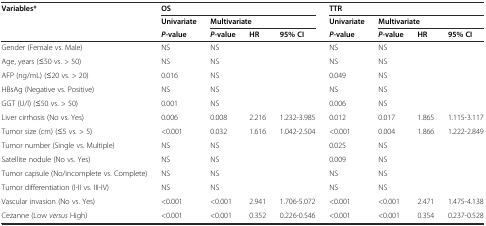
<table><thead><tr><td rowspan="3"><b>Variables*</b></td><td colspan="4"><b>OS</b></td><td colspan="4"><b>TTR</b></td></tr><tr><td><b>Univariate</b></td><td colspan="3"><b>Multivariate</b></td><td><b>Univariate</b></td><td colspan="3"><b>Multivariate</b></td></tr><tr><td><b><i>P</i>-value</b></td><td><b><i>P</i>-value</b></td><td><b>HR</b></td><td><b>95% CI</b></td><td><b><i>P</i>-value</b></td><td><b><i>P</i>-value</b></td><td><b>HR</b></td><td><b>95% CI</b></td></tr></thead><tbody><tr><td>Gender (Female vs. Male)</td><td>NS</td><td>NS</td><td></td><td></td><td>NS</td><td>NS</td><td></td><td></td></tr><tr><td>Age, years (≤50 vs. &gt; 50)</td><td>NS</td><td>NS</td><td></td><td></td><td>NS</td><td>NS</td><td></td><td></td></tr><tr><td>AFP (ng/mL) (≤20 vs. &gt; 20)</td><td>0.016</td><td>NS</td><td></td><td></td><td>0.049</td><td>NS</td><td></td><td></td></tr><tr><td>HBsAg (Negative vs. Positive)</td><td>NS</td><td>NS</td><td></td><td></td><td>NS</td><td>NS</td><td></td><td></td></tr><tr><td>GGT (U/l) (≤50 vs. &gt; 50)</td><td>0.001</td><td>NS</td><td></td><td></td><td>0.006</td><td>NS</td><td></td><td></td></tr><tr><td>Liver cirrhosis (No vs. Yes)</td><td>0.006</td><td>0.008</td><td>2.216</td><td>1.232-3.985</td><td>0.012</td><td>0.017</td><td>1.865</td><td>1.115-3.117</td></tr><tr><td>Tumor size (cm) (≤5 vs. &gt; 5)</td><td>&lt;0.001</td><td>0.032</td><td>1.616</td><td>1.042-2.504</td><td>&lt;0.001</td><td>0.004</td><td>1.866</td><td>1.222-2.849</td></tr><tr><td>Tumor number (Single vs. Multiple)</td><td>NS</td><td>NS</td><td></td><td></td><td>0.025</td><td>NS</td><td></td><td></td></tr><tr><td>Satellite nodule (No vs. Yes)</td><td>NS</td><td>NS</td><td></td><td></td><td>0.009</td><td>NS</td><td></td><td></td></tr><tr><td>Tumor capsule (No/incomplete vs. Complete)</td><td>NS</td><td>NS</td><td></td><td></td><td>NS</td><td>NS</td><td></td><td></td></tr><tr><td>Tumor differentiation (I-II vs. III-IV)</td><td>NS</td><td>NS</td><td></td><td></td><td>NS</td><td>NS</td><td></td><td></td></tr><tr><td>Vascular invasion (No vs. Yes)</td><td>&lt;0.001</td><td>&lt;0.001</td><td>2.941</td><td>1.706-5.072</td><td>&lt;0.001</td><td>&lt;0.001</td><td>2.471</td><td>1.475-4.138</td></tr><tr><td>Cezanne (Low <i>versus</i> High)</td><td>&lt;0.001</td><td>&lt;0.001</td><td>0.352</td><td>0.226-0.546</td><td>&lt;0.001</td><td>&lt;0.001</td><td>0.354</td><td>0.237-0.528</td></tr></tbody></table>